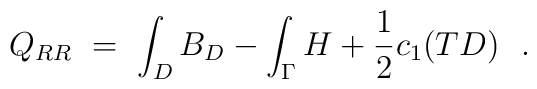
Q_{RR} \ =\ \int_D B_D -  \int_\Gamma H + \frac{1}{2} c_1(TD)\ \ .